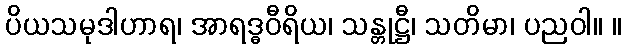
ပိယသမုဒါဟာရ၊ အာရဒ္ဓဝီရိယ၊ သန္တုဋ္ဌီ၊ သတိမာ၊ ပညဝါ။ ။